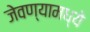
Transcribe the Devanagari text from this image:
जेवण्यामध्ये